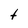
Character: t